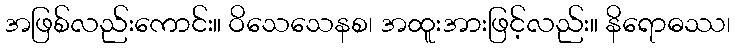
အဖြစ်လည်းကောင်း။ ဝိသေသေနစ၊ အထူးအားဖြင့်လည်း။ နိရောဓဿ၊